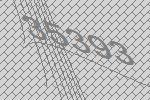
35393